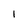
Character: 1